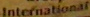
International